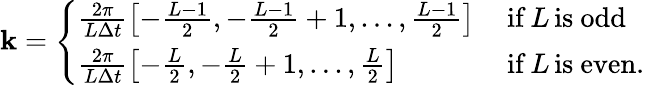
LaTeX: \begin{array}{r}{\textbf{k}=\left\{ \begin{array}{ll}{\frac{2\pi}{L\Delta t}\left[-\frac{L-1}{2},-\frac{L-1}{2}+1,...,\frac{L-1}{2}\right]\, }&{\mathrm{if}\, L\, \mathrm{is~odd}}\\ {\frac{2\pi}{L\Delta t}\left[-\frac{L}{2},-\frac{L}{2}+1,...,\frac{L}{2}\right]\, }&{\mathrm{if}\, L\, \mathrm{is~even.}}\end{array}\right.}\end{array}